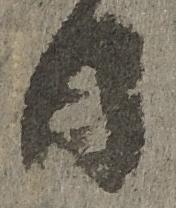
日